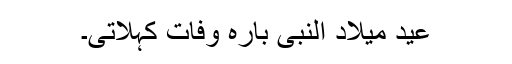
عید میلاد النبیؐ بارہ وفات کہلاتی۔